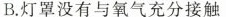
B.灯罩没有与氧气充分接触